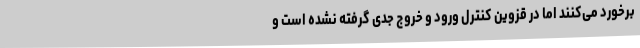
برخورد می‌کنند اما در قزوین کنترل ورود و خروج جدی گرفته نشده است و